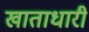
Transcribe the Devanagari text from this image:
खाताधारी